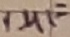
Text: 1µF